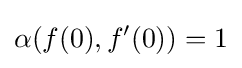
\alpha (f(0),f'(0))=1